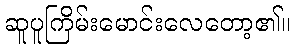
ဆူပူကြိမ်းမောင်းလေတော့၏။